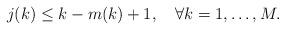
LaTeX: \begin{align*}j(k)\leq k-m(k)+1,\quad\forall k=1,\dotsc,M.\end{align*}